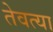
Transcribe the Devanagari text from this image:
तेवत्या